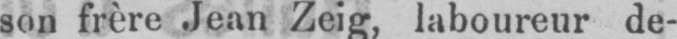
son frère Jean Zeig, laboureur de-